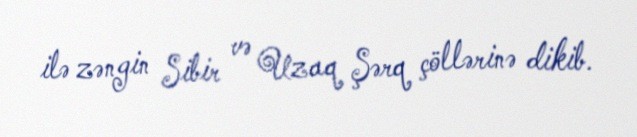
ilə zəngin Sibir və Uzaq Şərq çöllərinə dikib.